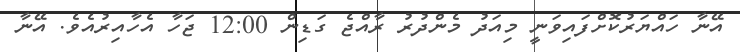
އޭނާ ހައްޔަރުކޮށްފައިވަނީ މިއަދު މެންދުރު ރާއްޖެ ގަޑިން 12:00 ޖަހާ އެހާއިރުއެވެ. އޭނާ